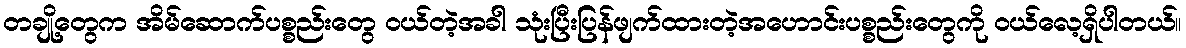
တချို့တွေက အိမ်ဆောက်ပစ္စည်းတွေ ဝယ်တဲ့အခါ သုံးပြီးပြန်ဖျက်ထားတဲ့အဟောင်းပစ္စည်းတွေကို ဝယ်လေ့ရှိပါတယ်။